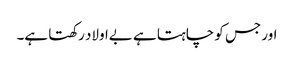
اور جس کو چاہتا ہے بےاولاد رکھتا ہے۔